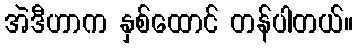
အဲဒီဟာက နှစ်ထောင် တန်ပါတယ်။